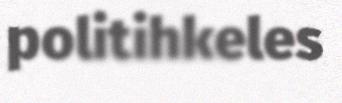
politihkeles